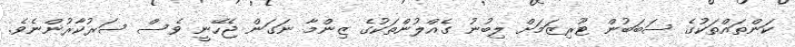
ކަންތައްތަކުގެ ސަބަބުން ޓޫރިޒަމަށް ލިބުނު ގެއްލުންތަކުގެ ޒިންމާ ނަގަން ޖެހޭނީ ވެސް ސަރުކާރުންނެވެ.